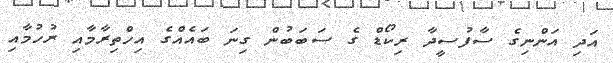
އަދި އަންނިގެ ސާފުސީދާ ރިކޯޑް ގެ ސަބަބުން ގިނަ ބައެއްގެ އިހްތިރާމާއި ރުހުމާއި